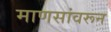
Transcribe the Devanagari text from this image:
माणसांवरून